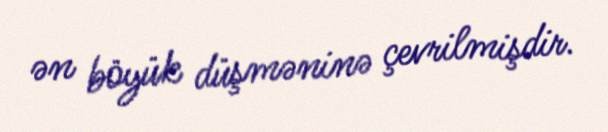
ən böyük düşməninə çevrilmişdir.